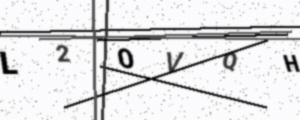
Text: L2OVQH